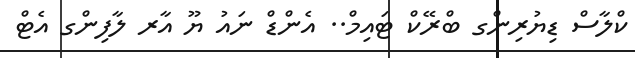
ކްލާސް ޑިޔުރިންގ ބްރޭކް ޓައިމް.. އެންޑް ނައު ޔޫ އާރ ލާފިންގ އެޓް